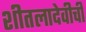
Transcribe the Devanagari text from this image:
शीतलादेवीची